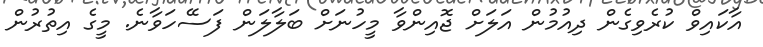
އާކައިވް ކުރެވިގެން ދިއުމުން އަލަށް ޖޮއިންވާ މީހުނަށް ބަލާލަން ފަސޭހަވާނެ. މީގެ އިތުރުން